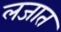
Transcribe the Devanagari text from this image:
लजात